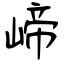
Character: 崹